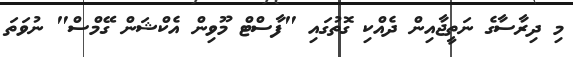
މި ދިރާސާގެ ނަތީޖާއިން ދެއްކި ގޮތުގައި "ފާސްޓް މޫވިން އެކްޝަން ގޭމްސް" ނުވަތަ